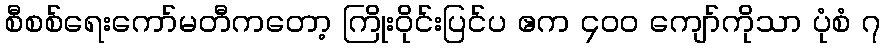
စီစစ်ရေးကော်မတီကတော့ ကြိုးဝိုင်းပြင်ပ ဧက ၄၀၀ ကျော်ကိုသာ ပုံစံ ၇